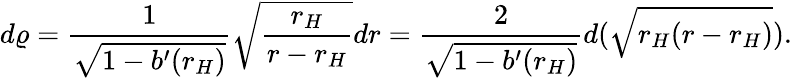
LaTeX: d\varrho={\frac{1}{\sqrt{1-b^{\prime}(r_{H})}}}\sqrt{{\frac{r_{H}}{r-r_{H}}}}dr={\frac{2}{\sqrt{1-b^{\prime}(r_{H})}}}d(\sqrt{r_{H}(r-r_{H})}).